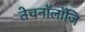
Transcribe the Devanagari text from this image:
तेचनॉलॉजि